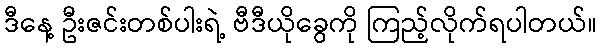
ဒီနေ့ ဦးဇင်းတစ်ပါးရဲ့ ဗီဒီယိုခွေကို ကြည့်လိုက်ရပါတယ်။